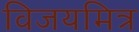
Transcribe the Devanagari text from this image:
विजयमित्र